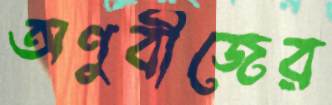
অণুবীজের